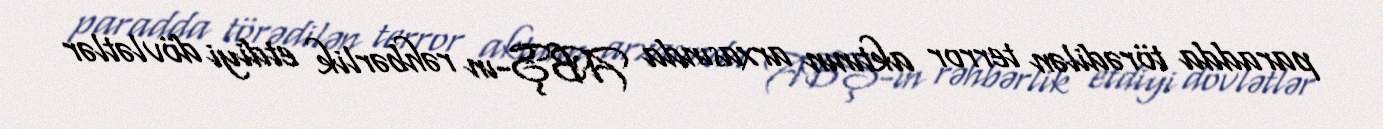
paradda törədilən terror aktının arxasında ABŞ-ın rəhbərlik etdiyi dövlətlər